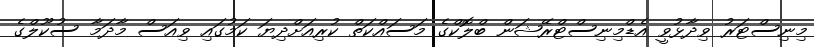
މިނިސްޓަރު ވިދާޅުވީ އެޑްމިނިސްޓްރޭޝަން ބްލޮކްގެ މަސައްކަތް ކުރިއަށްދިޔަ ކަމުގައި ވިއަސް މާދަމާ ސުކޫލްގެ